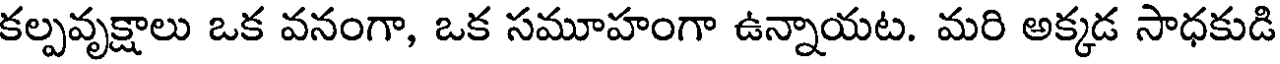
కల్పవృక్షాలు ఒక వనంగా, ఒక సమూహంగా ఉన్నాయట. మరి అక్కడ సాధకుడి